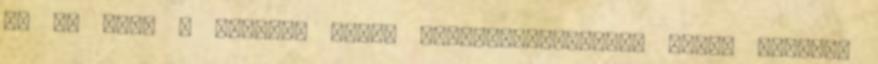
ha Ön idős a kezelés során hallásvizsgálatra lehet szükség